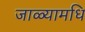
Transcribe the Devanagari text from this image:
जाळ्यामधि